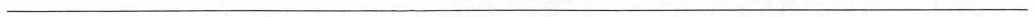
___